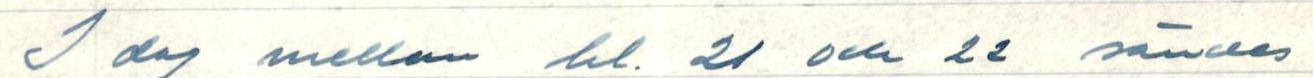
I dag mellan kl. 21 och 22 sändes